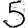
Digit: 5